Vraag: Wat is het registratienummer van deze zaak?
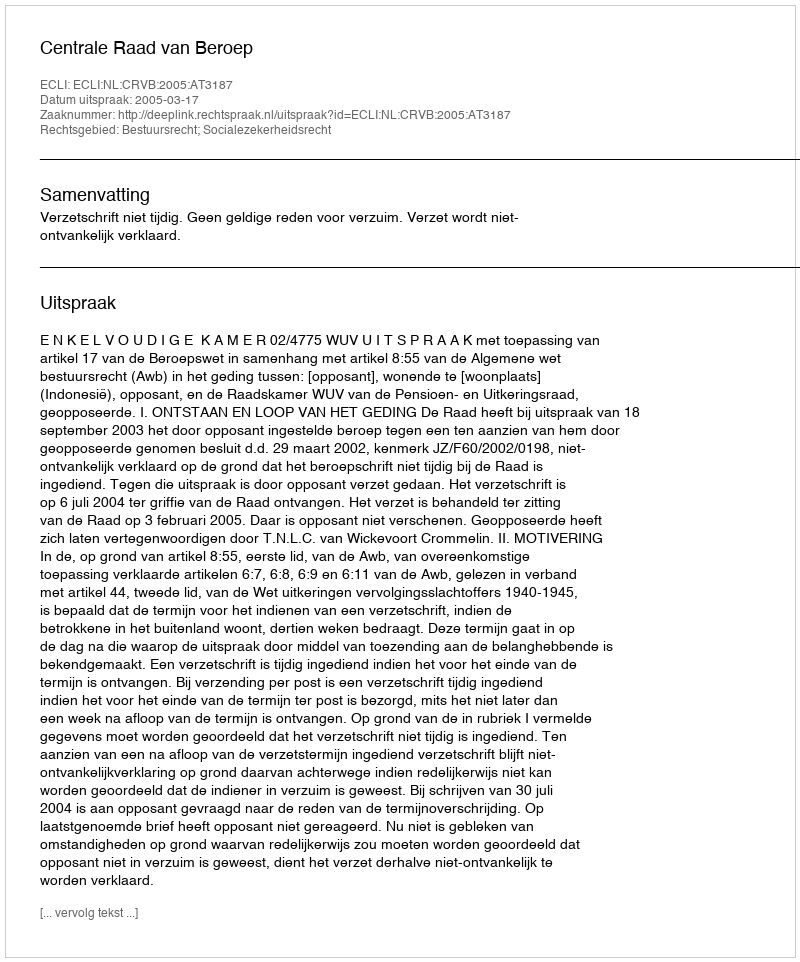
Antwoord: http://deeplink.rechtspraak.nl/uitspraak?id=ECLI:NL:CRVB:2005:AT3187